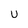
Character: U